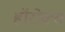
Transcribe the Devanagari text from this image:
हॉरोक्स